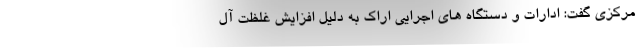
مرکزی گفت: ادارات و دستگاه های اجرایی اراک به دلیل افزایش غلظت آل